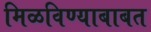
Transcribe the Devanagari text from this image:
मिळविण्याबाबत